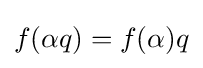
f(\alpha q)=f(\alpha )q